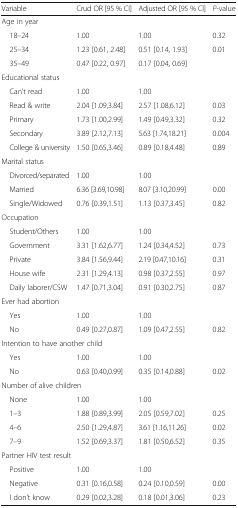
<table><thead><tr><td><b>Variable</b></td><td><b>Crud OR [95 % CI]</b></td><td><b>Adjusted OR [95 % CI]</b></td><td><b><i>P</i>-value</b></td></tr></thead><tbody><tr><td colspan="4">Age in year</td></tr><tr><td> 18–24</td><td>1.00</td><td>1.00</td><td>0.32</td></tr><tr><td> 25–34</td><td>1.23 [0.61, 2.48]</td><td>0.51 [0.14, 1.93]</td><td>0.01</td></tr><tr><td> 35–49</td><td>0.47 [0.22, 0.97]</td><td>0.17 [0.04, 0.69]</td><td></td></tr><tr><td colspan="4">Educational status</td></tr><tr><td> Can’t read</td><td>1.00</td><td>1.00</td><td></td></tr><tr><td> Read &amp; write</td><td>2.04 [1.09,3.84]</td><td>2.57 [1.08,6.12]</td><td>0.03</td></tr><tr><td> Primary</td><td>1.73 [1.00,2.99]</td><td>1.49 [0.49,3.32]</td><td>0.32</td></tr><tr><td> Secondary</td><td>3.89 [2.12,7.13]</td><td>5.63 [1.74,18.21]</td><td>0.004</td></tr><tr><td> College &amp; university</td><td>1.50 [0.65,3.46]</td><td>0.89 [0.18,4.48]</td><td>0.89</td></tr><tr><td colspan="4">Marital status</td></tr><tr><td> Divorced/separated</td><td>1.00</td><td>1.00</td><td></td></tr><tr><td> Married</td><td>6.36 [3.69,10.98]</td><td>8.07 [3.10,20.99]</td><td>0.00</td></tr><tr><td> Single/Widowed</td><td>0.76 [0.39,1.51]</td><td>1.13 [0.37,3.45]</td><td>0.82</td></tr><tr><td colspan="4">Occupation</td></tr><tr><td> Student/Others</td><td>1.00</td><td>1.00</td><td></td></tr><tr><td> Government</td><td>3.31 [1.62,6.77]</td><td>1.24 [0.34,4.52]</td><td>0.73</td></tr><tr><td> Private</td><td>3.84 [1.56,9.44]</td><td>2.19 [0.47,10.16]</td><td>0.31</td></tr><tr><td> House wife</td><td>2.31 [1.29,4.13]</td><td>0.98 [0.37,2.55]</td><td>0.97</td></tr><tr><td> Daily laborer/CSW</td><td>1.47 [0.71,3.04]</td><td>0.91 [0.30,2.75]</td><td>0.87</td></tr><tr><td colspan="4">Ever had abortion</td></tr><tr><td> Yes</td><td>1.00</td><td>1.00</td><td></td></tr><tr><td> No</td><td>0.49 [0.27,0.87]</td><td>1.09 [0.47,2.55]</td><td>0.82</td></tr><tr><td colspan="4">Intention to have another child</td></tr><tr><td> Yes</td><td>1.00</td><td>1.00</td><td></td></tr><tr><td> No</td><td>0.63 [0.40,0.99]</td><td>0.35 [0.14,0.88]</td><td>0.02</td></tr><tr><td colspan="4">Number of alive children</td></tr><tr><td> None</td><td>1.00</td><td>1.00</td><td></td></tr><tr><td> 1–3</td><td>1.88 [0.89,3.99]</td><td>2.05 [0.59,7.02]</td><td>0.25</td></tr><tr><td> 4–6</td><td>2.50 [1.29,4.87]</td><td>3.61 [1.16,11.26]</td><td>0.02</td></tr><tr><td> 7–9</td><td>1.52 [0.69,3.37]</td><td>1.81 [0.50,6.52]</td><td>0.35</td></tr><tr><td colspan="4">Partner HIV test result</td></tr><tr><td> Positive</td><td>1.00</td><td>1.00</td><td></td></tr><tr><td> Negative</td><td>0.31 [0.16,0.58]</td><td>0.24 [0.10,0.59]</td><td>0.00</td></tr><tr><td> I don’t know</td><td>0.29 [0.02,3.28]</td><td>0.18 [0.01,3.06]</td><td>0.23</td></tr></tbody></table>